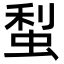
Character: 䖽